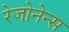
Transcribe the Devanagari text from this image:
रेजोनेन्स